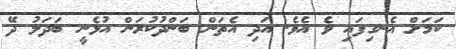
ކަމަށް އެނގިފައި ވެ އެވެ. އަދި އެތަން ބަންދުކުރަން އުޅެނީ ބަދަލު ދޭ